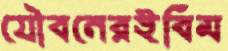
যৌবনেরইবিম